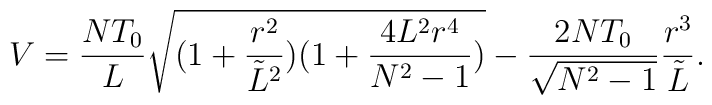
V=\frac{NT_0}{L}\sqrt{(1+\frac{r^2}{{\tilde L}^2})(1+\frac{4L^2r^4}{N^2-1})}-\frac{2NT_0}{\sqrt{N^2-1}}\frac{r^3}{{\tilde L}}.